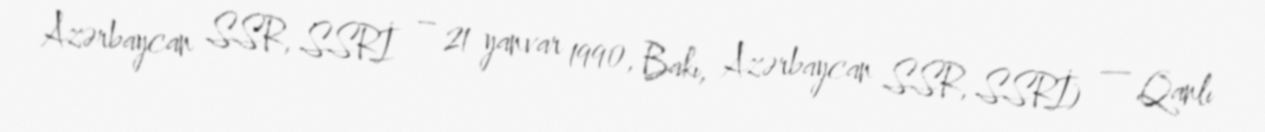
Azərbaycan SSR, SSRİ – 21 yanvar 1990, Bakı, Azərbaycan SSR, SSRİ) — Qanlı